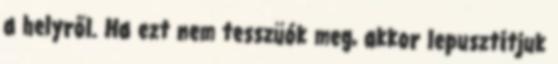
a helyről. Ha ezt nem tesszüók meg, akkor lepusztítjuk